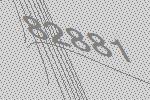
82881